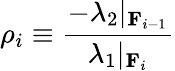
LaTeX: \rho_{i}\equiv\frac{-\lambda_{2}|_{\mathbf{F}_{i-1}}}{\lambda_{1}|_{\mathbf{F}_{i}}}